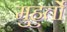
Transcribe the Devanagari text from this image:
मुहुर्तों